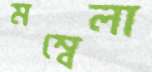
মম্বেলা